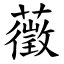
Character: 藢